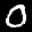
Label: 0